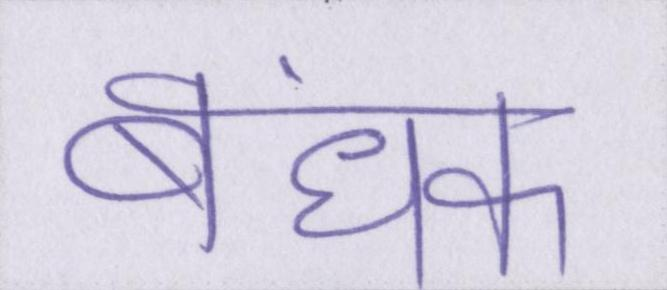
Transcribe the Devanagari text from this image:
बंधक